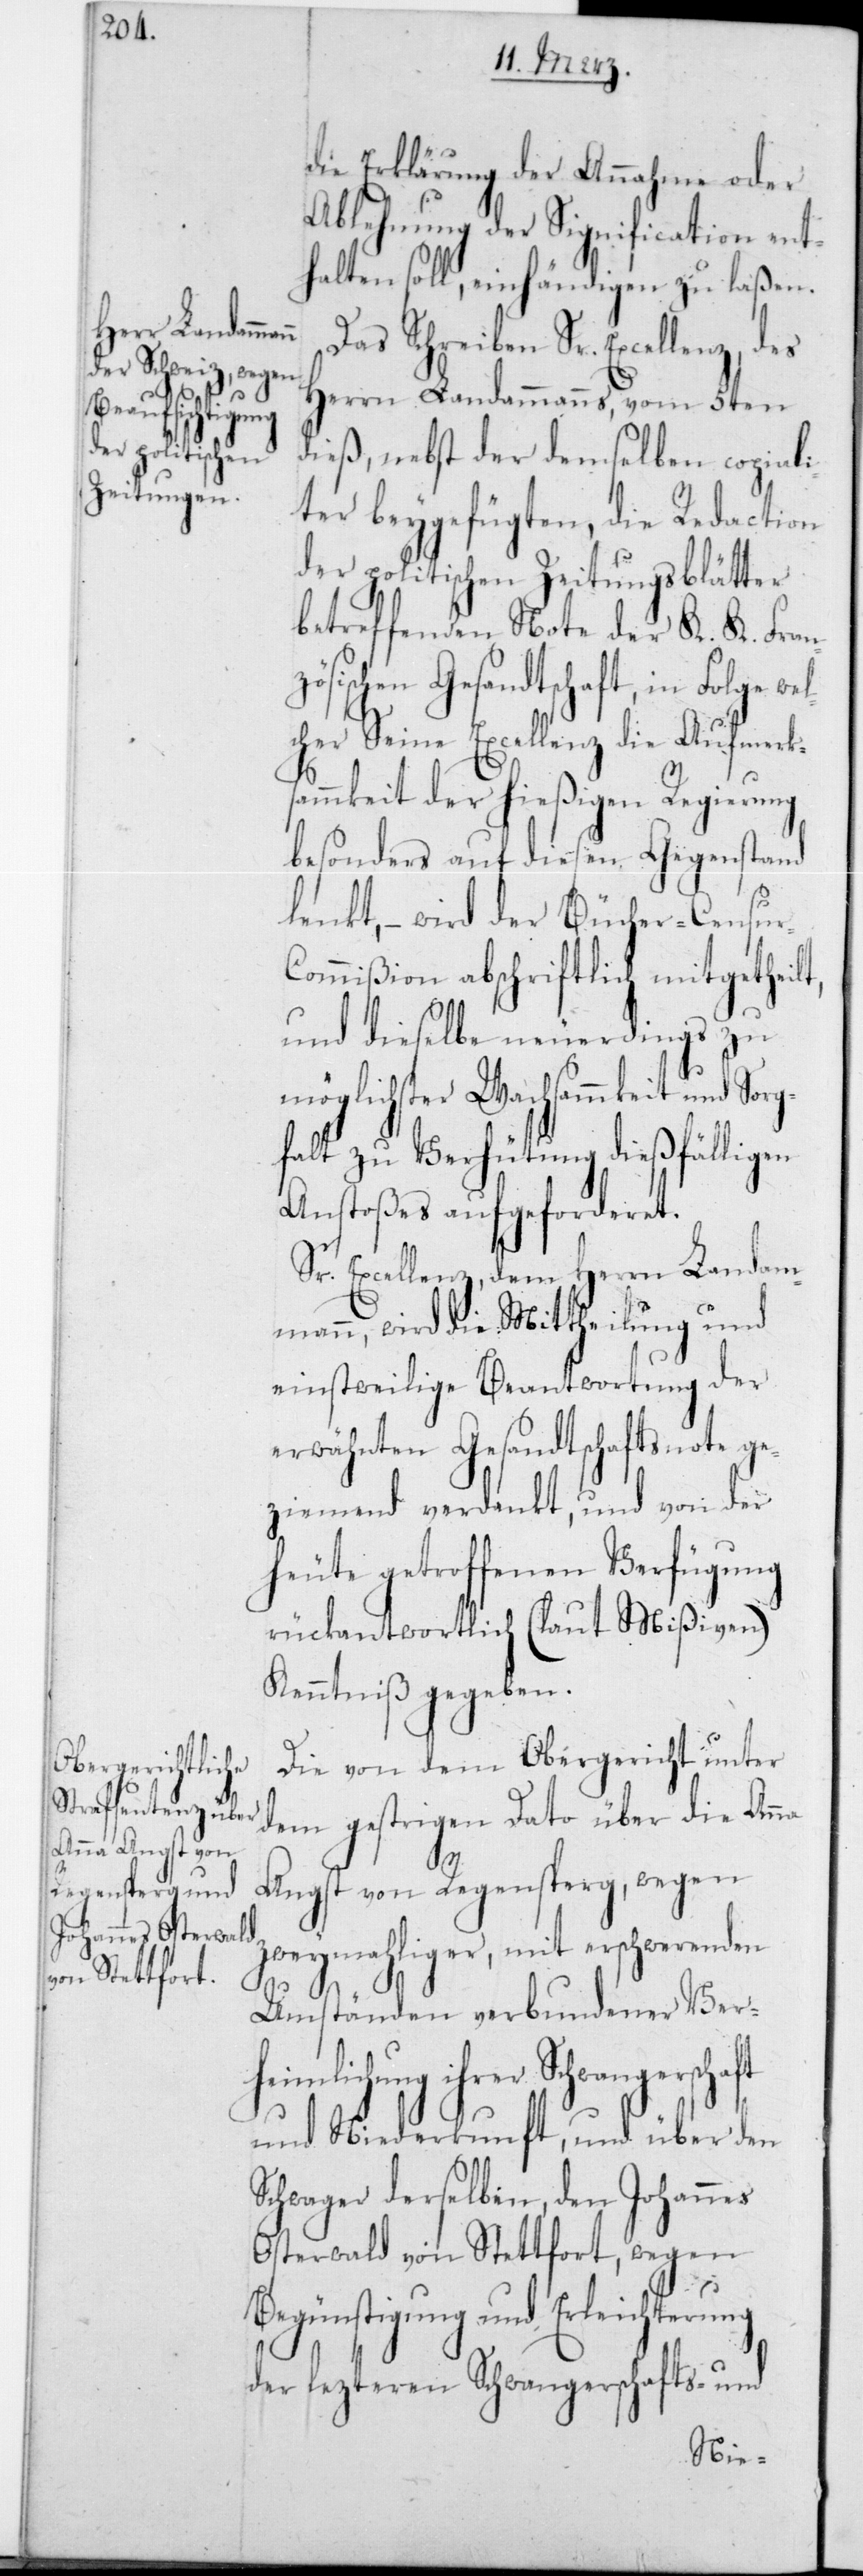
heimlichung

die Erklärung der Annahme oder
Ablehnung der Signification ent¬
halten soll, einhändigen zu laßen.
Das Schreiben Sr. Excellenz, des
Herrn Landammanns, vom 5ten
dieß, nebst der demselben copiali¬
ter beygefügten, die Redaction
der politischen Zeitungsblätter
betreffenden Note der K. K. Fran¬
zösischen Gesandtschaft, in Folge
cher Seine Excellenz die Aufmerk¬
sammkeit der hießigen Regierung
besonders auf diesen Gegenstand
lenkt, – wird der Bücher-Censur-C¬
ommißion abschriftlich mitgetheilt,
und dieselbe neuerdings zu
möglichster Wachsammkeit und Sorg¬
falt zu Verhütung dießfälligen
Anstoßes aufgeforderet.
Sr. Excellenz, dem Herrn Landam¬
mann, wird die Mittheilung und
einstweilige Beantwortung der
erwähnten Gesandtschaftsnote ge¬
ziemend verdankt, und von der
heute getroffenen Verfügung
rückantwortlich (laut Mißiven)
Kenntniß gegeben.
Die von dem Obergericht unter
dem gestrigen Dato über die An¬
na
Angst von Regensperg, wegen
zweymahliger, mit erschwerenden
Umständen verbundener Ver¬
und Niederkunft, und über den
Schwager derselben, den Johannes
Osterwald von Stettfort, wegen
Begünstigung und Erleichterung
der letzteren Schwangerschafts- und